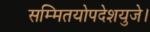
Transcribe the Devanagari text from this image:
सम्मितयोपदेशयुजे।